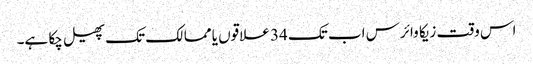
اس وقت زیکا وائرس اب تک 34 علاقوں یا ممالک تک پھیل چکا ہے۔